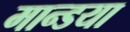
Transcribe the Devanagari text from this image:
मान्डया